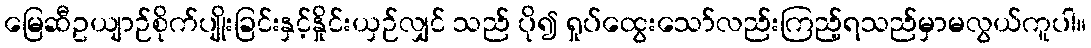
မြေဆီဥယျာဉ်စိုက်ပျိုးခြင်းနှင့်နှိုင်းယှဉ်လျှင် သည် ပို၍ ရှုပ်ထွေးသော်လည်းကြည့်ရသည်မှာမလွယ်ကူပါ။